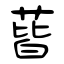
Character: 蒈